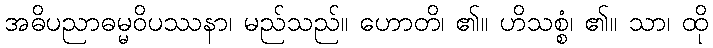
အဓိပညာဓမ္မဝိပဿနာ၊ မည်သည်။ ဟောတိ၊ ၏။ ဟိသစ္စံ၊ ၏။ သာ၊ ထို